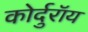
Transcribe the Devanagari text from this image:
कोर्दुरॉय